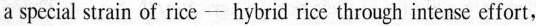
a special strain of rice- hybrid rice through intense effort,